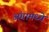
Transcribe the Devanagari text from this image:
अंगामध्ये